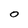
Character: O